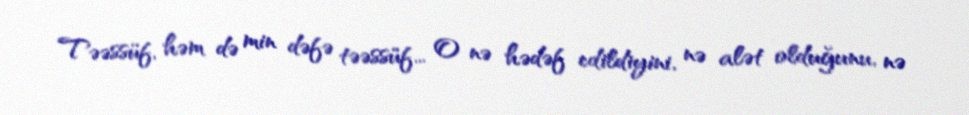
Təəssüf, həm də min dəfə təəssüf... O nə hədəf edildiyini, nə alət olduğunu, nə